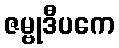
ဇမ္ဗုဒီပကေ